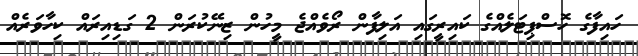
ހައިފާގެ ހޮސްޕިޓަލެއްގެ ކައިރީގައި އަލިފާން ރޯވެއްޖެ މީހުން ޒިނޭކުރަން 2 ގަޑިއިރައް ކިހާވަރެއް